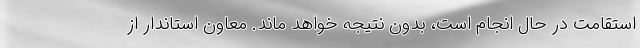
استقامت در حال انجام است، بدون نتیجه خواهد ماند. معاون استاندار از